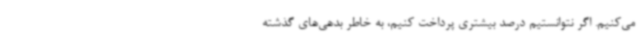
می‌کنیم. اگر نتوانستیم درصد بیشتری پرداخت کنیم، به خاطر بدهی‌های گذشته